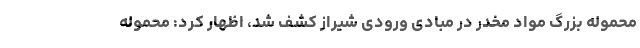
محموله بزرگ مواد مخدر در مبادی ورودی شیراز کشف شد، اظهار کرد: محموله